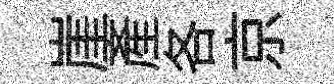
崖產各京